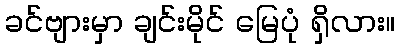
ခင်ဗျားမှာ ချင်းမိုင် မြေပုံ ရှိလား။